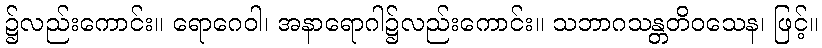
၌လည်းကောင်း။ ရောဂေဝါ၊ အနာရောဂါ၌လည်းကောင်း။ သဘာဂသန္တတိဝသေန၊ ဖြင့်။